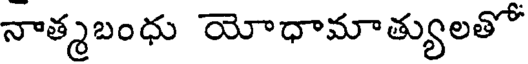
నాత్మబంధు యోధామాత్యులతో